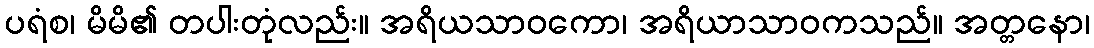
ပရံစ၊ မိမိ၏ တပါးတုံလည်း။ အရိယသာဝကော၊ အရိယာသာဝကသည်။ အတ္တနော၊